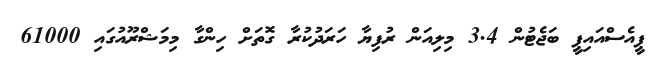
ޕީއެސްއައިޕީ ބަޖެޓުން 3.4 މިލިއަން ރުފިޔާ ހަރަދުކުރާ ގޮތަށް ހިންގާ މިމަޝްރޫއުގައި 61000